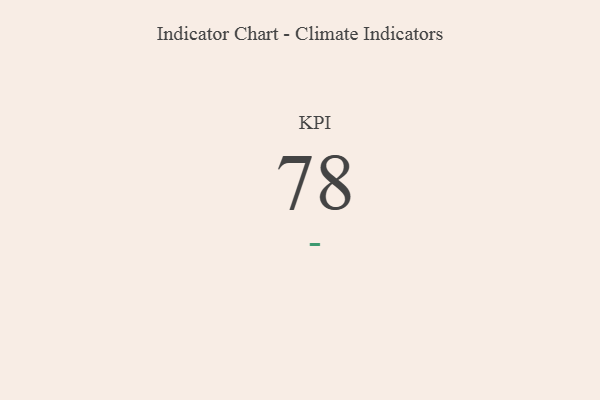
{"axis": {"x": "KPI", "y": "Value"}, "legend": [""], "data": [{"x": "KPI", "y": 78, "type": ""}]}